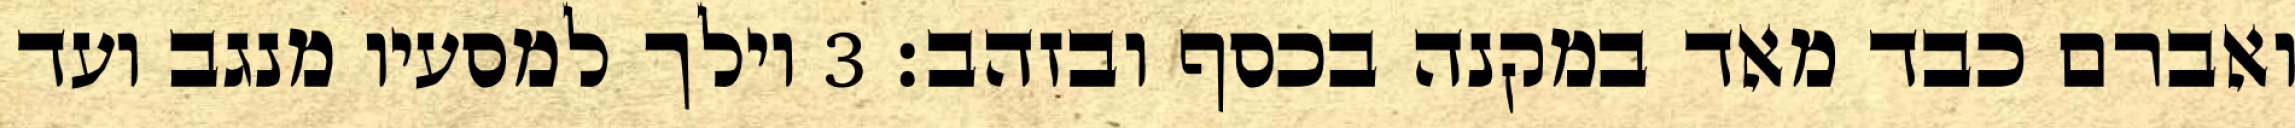
ואברם כבד מאד במקנה בכסף ובזהב׃ ‎3‏ וילך למסעיו מנגב ועד